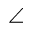
\angle